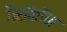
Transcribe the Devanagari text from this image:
गैसकॉन